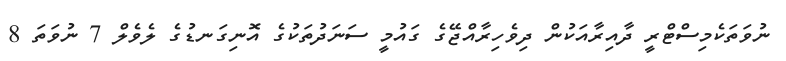
ނުވަތަކެމިސްޓްރީ ދާއިރާއަކުން ދިވެހިރާއްޖޭގެ ގައުމީ ސަނަދުތަކުގެ އޮނިގަނޑުގެ ލެވެލް 7 ނުވަތަ 8